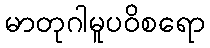
မာတုဂါမူပဝိစရော